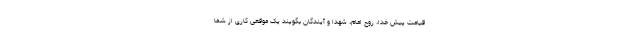
قیامت پیش خدا، روح امام، شهدا و آیندگان بگویند یک موقعی کاری از شما